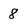
Character: 8